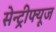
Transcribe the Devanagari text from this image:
सेन्ट्रीफ्यूज